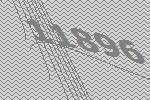
11896